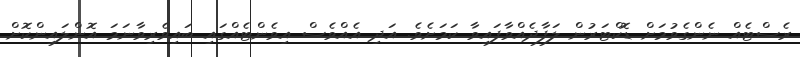
ރެސްޓެއް ނެންގެވުމަށް ޑޮކްޓަރުން ލަފާދެއްވާފައިވާ ކަމަށެވެ. އަދި އެއްވެސް އިވެންޓެއްގައި ބައިވެރިވާނަމަ އޮންލައިންކޮށް